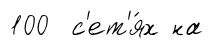
100 с'ет'я́х на